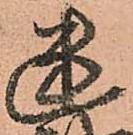
幽